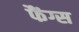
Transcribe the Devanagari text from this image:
फैंग्स